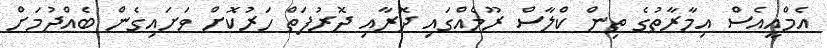
އެމްއީއެސް އިމާރާތުގެ ތިން ކްލާސް ރޫމެއްގައި ދޮރާއި ދޮރުފަތް ހަރުކޮށް ވަށައިގެން ބެއްދުމަށް